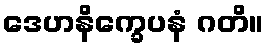
ဒေဟနိက္ခေပနံ ဂတိ။